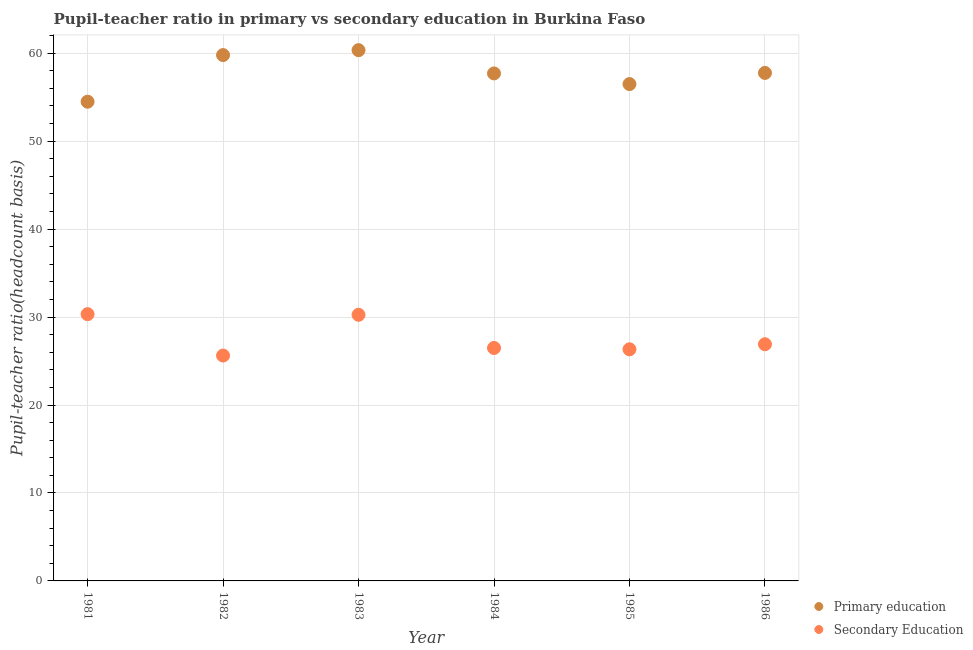
| Year | Primary education | Secondary Education |
 | --- | --- | --- |
 | 1981 | 54.5 | 30.3 |
 | 1982 | 59.8 | 25.6 |
 | 1983 | 60.3 | 30.3 |
 | 1984 | 57.7 | 26.5 |
 | 1985 | 56.5 | 26.3 |
 | 1986 | 57.8 | 26.9 |